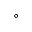
^ { \circ }